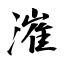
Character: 漼